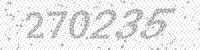
Solution: 270235